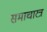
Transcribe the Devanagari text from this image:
समाचारत्र